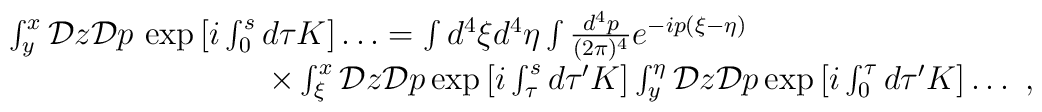
\begin{array}{l} \int_y^x {\cal D} z {\cal D} p \,       \exp \big [i \int_0^{s} d\tau K \big ] \dots =    \int d^4 \xi d^4 \eta \int {d^4 p \over (2 \pi)^4} e^{-ip(\xi-\eta)} \\ \nonumber      \qquad \qquad \qquad \qquad     \times \int_\xi^x {\cal D} z {\cal D} p \exp \big    [i \int_\tau ^s d \tau^\prime K \big ]    \int_y^\eta {\cal D} z {\cal D} p \exp \big [ i \int_0^\tau    d \tau^\prime K \big ]  \dots \ ,\end{array}